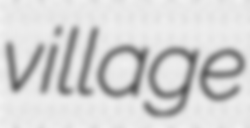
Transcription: village